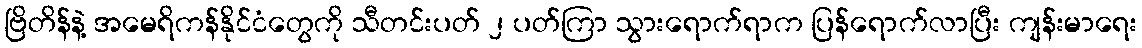
ဗြိတိန်နဲ့ အမေရိကန်နိုင်ငံတွေကို သီတင်းပတ် ၂ ပတ်ကြာ သွားရောက်ရာက ပြန်ရောက်လာပြီး ကျန်းမာရေး